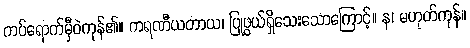
ကပ်ရောက်မှီဝဲကုန်၏။ ကရဏီယတာယ၊ ပြုဖွယ်ရှိသေးသောကြောင့်။ န၊ မဟုတ်ကုန်။